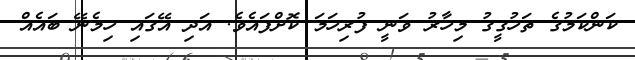
ކަންކަމުގެ ތަހުގީގު މިހާރު ވަނީ ފުރިހަމަ ކޮށްފައެވެ. އަދި އޭގައި ހިމެނޭ ބައެއް